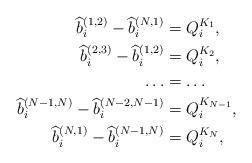
LaTeX: \begin{align*}\begin{aligned}\widehat{b}_i^{(1,2)}-\widehat{b}_i^{(N,1)} &= Q_i^{K_1}, \\\widehat{b}_i^{(2,3)}-\widehat{b}_i^{(1,2)} &= Q_i^{K_2}, \\\dots &= \dots \\\widehat{b}_i^{(N-1,N)}-\widehat{b}_i^{(N-2,N-1)} &= Q_i^{K_{N-1}}, \\\widehat{b}_i^{(N,1)}-\widehat{b}_i^{(N-1,N)} &= Q_i^{K_N}, \end{aligned}\end{align*}